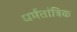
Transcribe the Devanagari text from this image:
धर्मतांत्रिक